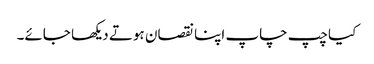
کیا چپ چاپ اپنا نقصان ہوتے دیکھا جائے۔